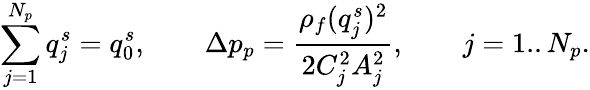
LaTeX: \sum_{j=1}^{N_{p}}q_{j}^{s}=q_{0}^{s},\qquad\Delta p_{p}=\frac{\rho_{f}(q_{j}^{s})^{2}}{2C_{j}^{2}A_{j}^{2}},\qquad j=1..N_{p}.